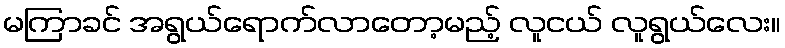
မကြာခင် အရွယ်ရောက်လာတော့မည့် လူငယ် လူရွယ်လေး။